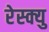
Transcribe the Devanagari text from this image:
रेस्क्यु